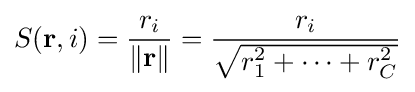
S(\mathbf {r} ,i)={\frac {r_{i}}{\lVert \mathbf {r} \rVert }}={\frac {r_{i}}{\sqrt {r_{1}^{2}+\cdots +r_{C}^{2}}}}